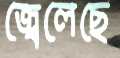
জ্বেলেছে